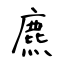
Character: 麃